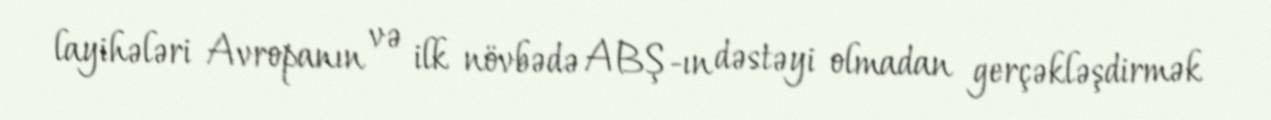
layihələri Avropanın və ilk növbədə ABŞ-ın dəstəyi olmadan gerçəkləşdirmək